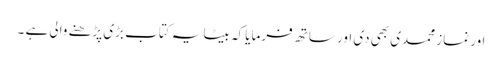
اور نماز محمدی بھی دی اور ساتھ فرمایا کہ بیٹا یہ کتاب بڑی پڑھنے والی ہے ۔